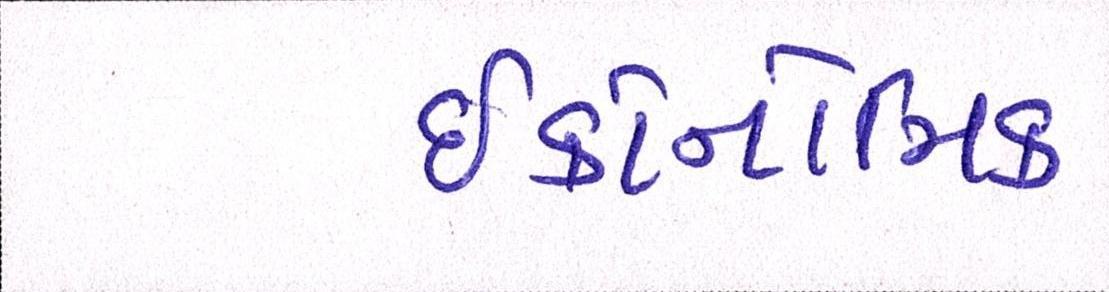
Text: ઈકોનોમિક